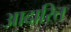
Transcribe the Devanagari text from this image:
आदारित